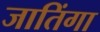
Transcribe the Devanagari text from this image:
जातिंगा